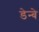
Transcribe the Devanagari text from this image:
डेन्बे